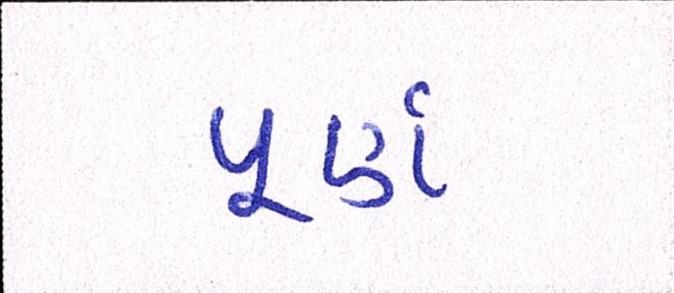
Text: પૂર્ણ